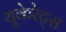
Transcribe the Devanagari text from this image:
यूकेरेट्स